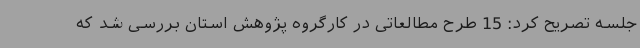
جلسه تصریح کرد: 15 طرح مطالعاتی در کارگروه پژوهش استان بررسی شد که